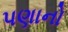
પણાનો